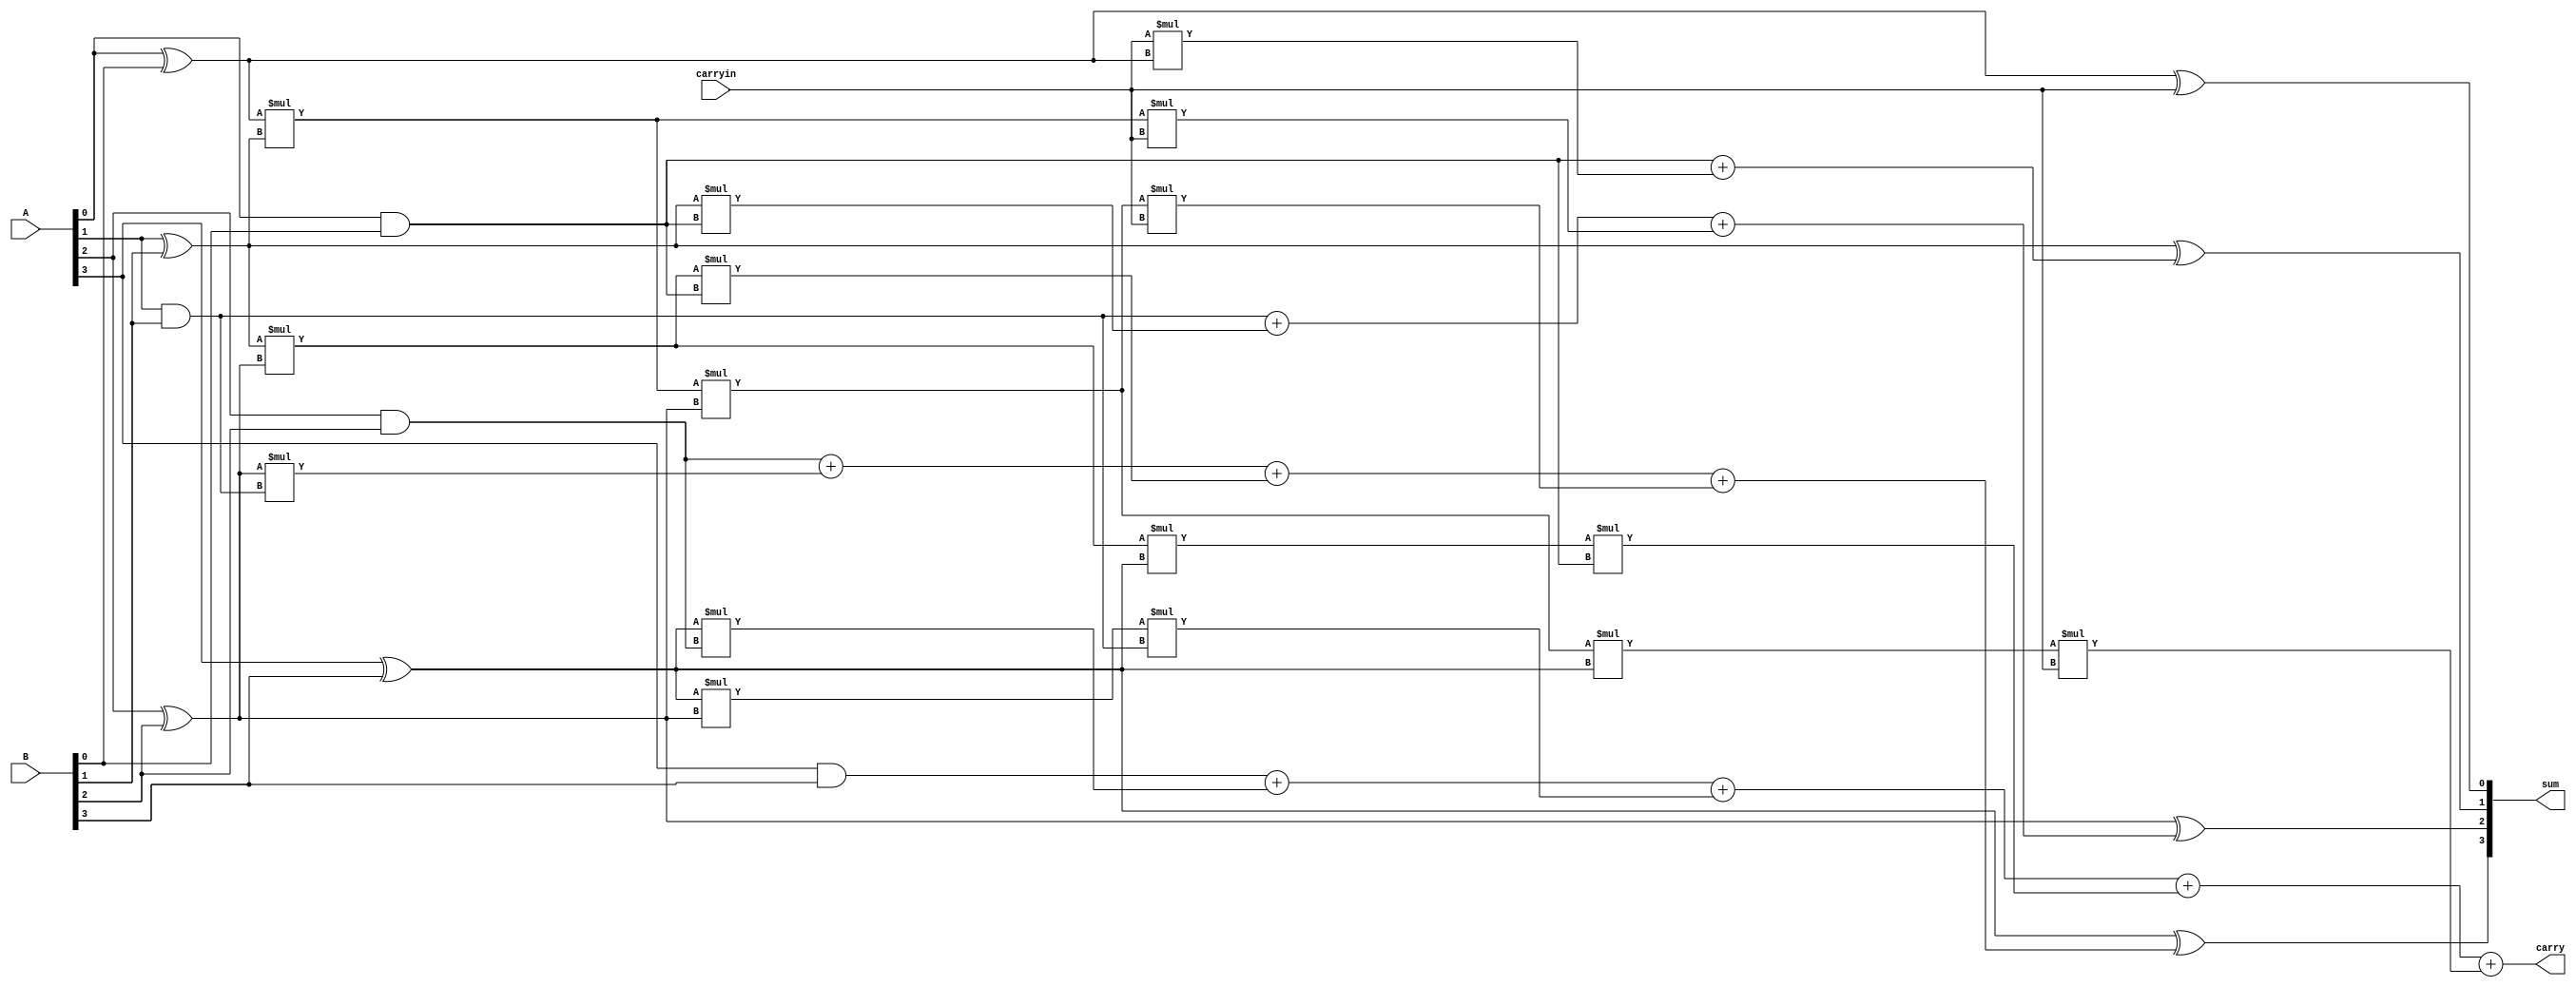
module four_bit_cla_adder(
    input [3:0]A,
    input [3:0]B,
    input carryin,
    output[3:0]sum,
    output carry
);
wire g3;wire g2;wire g1;wire g0;
wire p3;wire p2;wire p1;wire p0;
wire c2;wire c1;wire c0;
and(g0,A[0],B[0]);
and(g1,A[1],B[1]);
and(g2,A[2],B[2]);
and(g3,A[3],B[3]);
xor(p0,A[0],B[0]);
xor(p1,A[1],B[1]);
xor(p2,A[2],B[2]);
xor(p3,A[3],B[3]);
assign c0=g0+carryin*p0;
assign c1=g1+p1*g0+p0*p1*carryin;
assign c2=g2+p2*g1+p1*p2*g0+p0*p1*p2*carryin;
assign carry=g3+p3*g2+p3*p2*g1+p1*p2*p3*g0+p0*p1*p2*p3*carryin;
xor(sum[0],p0,carryin);
xor(sum[1],p1,c0);
xor(sum[2],p2,c1);
xor(sum[3],p3,c2);
endmodule